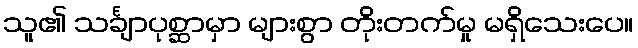
သူ၏ သင်္ချာပုစ္ဆာမှာ များစွာ တိုးတက်မှု မရှိသေးပေ။